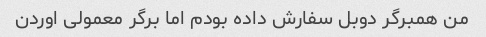
من همبرگر دوبل سفارش داده بودم اما برگر معمولی اوردن